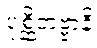
ပုစ္ဆိတဗ္ဗာနိ